Scottish Leaving Certificate Examination, 1959
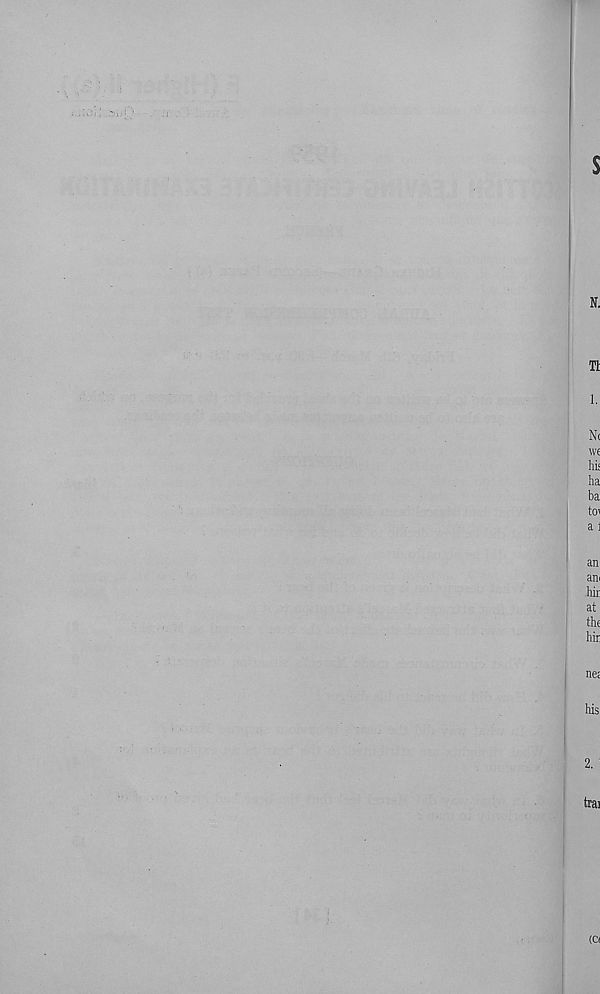
s
Tt
1.
N(
W€
his
ha
ba
to^
a j
an
am
hir
at
the
hir
nee
2.
trai
(C(